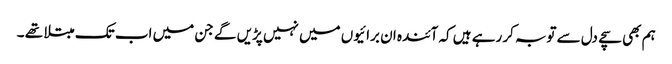
ہم بھی سچے دل سے توبہ کر رہے ہیں کہ آئندہ ان برائیوں میں نہیں پڑیں گے جن میں اب تک مبتلا تھے ۔